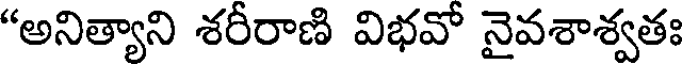
"అనిత్యాని శరీరాణి విభవో నైవశాశ్వతః